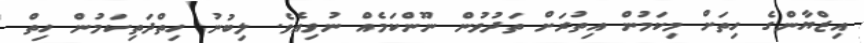
އިޒްޔާންގެ ހިތަށް މިކަމުން އިތުރަށް ތަދުވުން ނޫންކަމެއް ނުވިއެވެ. ލިބުނު ހިތްދަތިކަމުން ހިތް